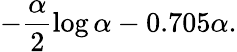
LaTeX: -\frac{\alpha}{2}\log\alpha-0.705\alpha.